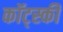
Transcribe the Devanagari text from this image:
कॉट्स्की